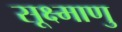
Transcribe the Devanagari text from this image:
सूक्ष्माणु